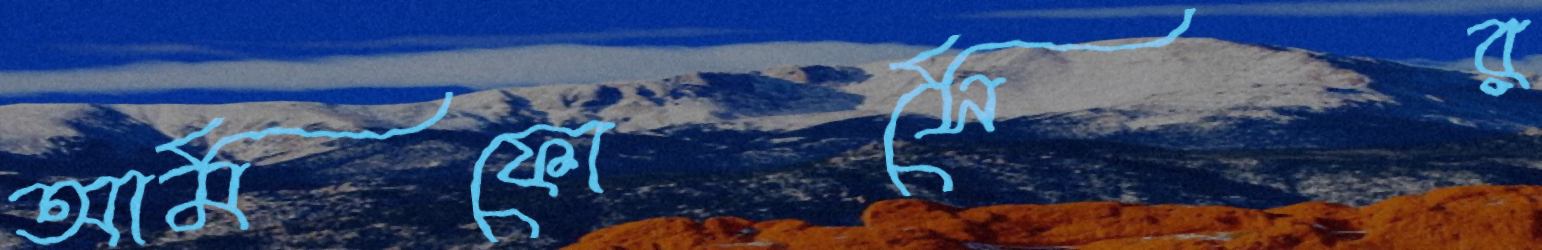
আর্মফোর্সের